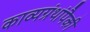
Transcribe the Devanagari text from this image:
काव्यग्रंथांपैकी